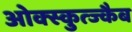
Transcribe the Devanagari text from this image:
ओक्स्कुत्ज्कैब